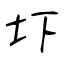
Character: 圷